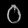
Digit: ၀